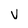
Character: v